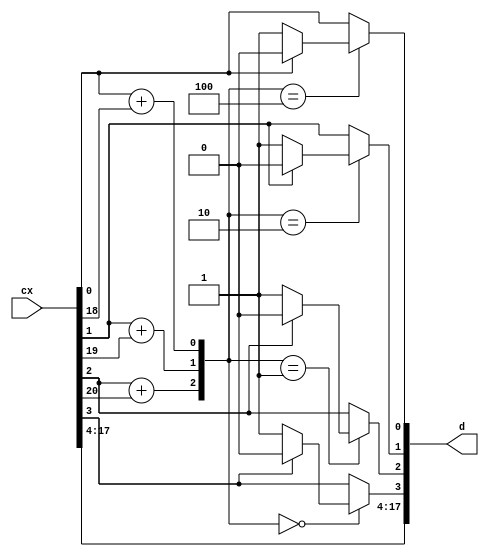
module decoder (cx,d);
	output [17:0] d;

	input [20:0] cx;

	reg [17:0] d;
	reg [2:0] s;
	reg [20:0] cx1;


	parameter s0 = 3'b100;
	parameter s1 = 3'b010;
	parameter s2 = 3'b001;
	parameter s3 = 3'b000;
	parameter s4 = 3'b000;
	parameter s5 = 3'b000;
	parameter s6 = 3'b000;
	parameter s7 = 3'b000;
	parameter s8 = 3'b000;
	parameter s9 = 3'b000;
	parameter s10 = 3'b000;
	parameter s11 = 3'b000;
	parameter s12 = 3'b000;
	parameter s13 = 3'b000;
	parameter s14 = 3'b000;
	parameter s15 = 3'b000;
	parameter s16 = 3'b000;
	parameter s17 = 3'b000;
	parameter s18 = 3'b100;
	parameter s19 = 3'b010;
	parameter s20 = 3'b001;


	always @(cx)
	begin
		cx1[0] = cx[0];
		cx1[1] = cx[1];
		cx1[2] = cx[2];
		cx1[3] = cx[3];
		cx1[4] = cx[4];
		cx1[5] = cx[5];
		cx1[6] = cx[6];
		cx1[7] = cx[7];
		cx1[8] = cx[8];
		cx1[9] = cx[9];
		cx1[10] = cx[10];
		cx1[11] = cx[11];
		cx1[12] = cx[12];
		cx1[13] = cx[13];
		cx1[14] = cx[14];
		cx1[15] = cx[15];
		cx1[16] = cx[16];
		cx1[17] = cx[17];
		cx1[18] = cx[18];
		cx1[19] = cx[19];
		cx1[20] = cx[20];
		s[0]= cx[0]+ cx[18];
		s[1]= cx[1]+ cx[19];
		s[2]= cx[2]+ cx[20];



		case(s)
			s0:
				begin
					if(cx[0]==1'b0)
					begin
						cx1[0]=1'b1;
					end
					else
					begin
						cx1[0]=1'b0;
					end
				end
			s1:
				begin
					if(cx[1]==1'b0)
					begin
						cx1[1]=1'b1;
					end
					else
					begin
						cx1[1]=1'b0;
					end
				end
			s2:
				begin
					if(cx[2]==1'b0)
					begin
						cx1[2]=1'b1;
					end
					else
					begin
						cx1[2]=1'b0;
					end
				end
			s3:
				begin
					if(cx[3]==1'b0)
					begin
						cx1[3]=1'b1;
					end
					else
					begin
						cx1[3]=1'b0;
					end
				end
			s4:
				begin
					if(cx[4]==1'b0)
					begin
						cx1[4]=1'b1;
					end
					else
					begin
						cx1[4]=1'b0;
					end
				end
			s5:
				begin
					if(cx[5]==1'b0)
					begin
						cx1[5]=1'b1;
					end
					else
					begin
						cx1[5]=1'b0;
					end
				end
			s6:
				begin
					if(cx[6]==1'b0)
					begin
						cx1[6]=1'b1;
					end
					else
					begin
						cx1[6]=1'b0;
					end
				end
			s7:
				begin
					if(cx[7]==1'b0)
					begin
						cx1[7]=1'b1;
					end
					else
					begin
						cx1[7]=1'b0;
					end
				end
			s8:
				begin
					if(cx[8]==1'b0)
					begin
						cx1[8]=1'b1;
					end
					else
					begin
						cx1[8]=1'b0;
					end
				end
			s9:
				begin
					if(cx[9]==1'b0)
					begin
						cx1[9]=1'b1;
					end
					else
					begin
						cx1[9]=1'b0;
					end
				end
			s10:
				begin
					if(cx[10]==1'b0)
					begin
						cx1[10]=1'b1;
					end
					else
					begin
						cx1[10]=1'b0;
					end
				end
			s11:
				begin
					if(cx[11]==1'b0)
					begin
						cx1[11]=1'b1;
					end
					else
					begin
						cx1[11]=1'b0;
					end
				end
			s12:
				begin
					if(cx[12]==1'b0)
					begin
						cx1[12]=1'b1;
					end
					else
					begin
						cx1[12]=1'b0;
					end
				end
			s13:
				begin
					if(cx[13]==1'b0)
					begin
						cx1[13]=1'b1;
					end
					else
					begin
						cx1[13]=1'b0;
					end
				end
			s14:
				begin
					if(cx[14]==1'b0)
					begin
						cx1[14]=1'b1;
					end
					else
					begin
						cx1[14]=1'b0;
					end
				end
			s15:
				begin
					if(cx[15]==1'b0)
					begin
						cx1[15]=1'b1;
					end
					else
					begin
						cx1[15]=1'b0;
					end
				end
			s16:
				begin
					if(cx[16]==1'b0)
					begin
						cx1[16]=1'b1;
					end
					else
					begin
						cx1[16]=1'b0;
					end
				end
			s17:
				begin
					if(cx[17]==1'b0)
					begin
						cx1[17]=1'b1;
					end
					else
					begin
						cx1[17]=1'b0;
					end
				end
			s18:
				begin
					if(cx[18]==1'b0)
					begin
						cx1[18]=1'b1;
					end
					else
					begin
						cx1[18]=1'b0;
					end
				end
			s19:
				begin
					if(cx[19]==1'b0)
					begin
						cx1[19]=1'b1;
					end
					else
					begin
						cx1[19]=1'b0;
					end
				end
			s20:
				begin
					if(cx[20]==1'b0)
					begin
						cx1[20]=1'b1;
					end
					else
					begin
						cx1[20]=1'b0;
					end
				end
			default:
				begin
					cx1[0]=cx[0];
					cx1[1]=cx[1];
					cx1[2]=cx[2];
					cx1[3]=cx[3];
					cx1[4]=cx[4];
					cx1[5]=cx[5];
					cx1[6]=cx[6];
					cx1[7]=cx[7];
					cx1[8]=cx[8];
					cx1[9]=cx[9];
					cx1[10]=cx[10];
					cx1[11]=cx[11];
					cx1[12]=cx[12];
					cx1[13]=cx[13];
					cx1[14]=cx[14];
					cx1[15]=cx[15];
					cx1[16]=cx[16];
					cx1[17]=cx[17];
					cx1[18]=cx[18];
					cx1[19]=cx[19];
					cx1[20]=cx[20];
				end
		endcase
		d[0] = cx1[0];
		d[1] = cx1[1];
		d[2] = cx1[2];
		d[3] = cx1[3];
		d[4] = cx1[4];
		d[5] = cx1[5];
		d[6] = cx1[6];
		d[7] = cx1[7];
		d[8] = cx1[8];
		d[9] = cx1[9];
		d[10] = cx1[10];
		d[11] = cx1[11];
		d[12] = cx1[12];
		d[13] = cx1[13];
		d[14] = cx1[14];
		d[15] = cx1[15];
		d[16] = cx1[16];
		d[17] = cx1[17];
	end
endmodule